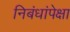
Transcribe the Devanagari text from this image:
निबंधांपेक्षा